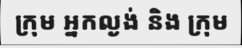
ក្រុម អ្នកល្ងង់ និង ក្រុម